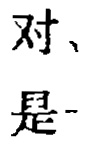
对、对、是-